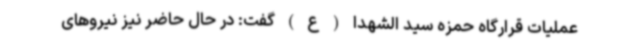
عملیات قرارگاه حمزه سید الشهدا ( ع ) گفت: در حال حاضر نیز نیروهای